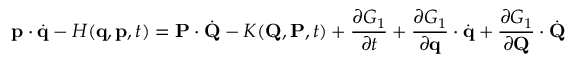
\mathbf { p } \cdot { \dot { \mathbf { q } } } - H ( \mathbf { q } , \mathbf { p } , t ) = \mathbf { P } \cdot { \dot { \mathbf { Q } } } - K ( \mathbf { Q } , \mathbf { P } , t ) + { \frac { \partial G _ { 1 } } { \partial t } } + { \frac { \partial G _ { 1 } } { \partial \mathbf { q } } } \cdot { \dot { \mathbf { q } } } + { \frac { \partial G _ { 1 } } { \partial \mathbf { Q } } } \cdot { \dot { \mathbf { Q } } }